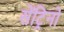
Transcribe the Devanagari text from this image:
सेंट्रिनो